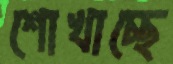
শোখাচ্ছে